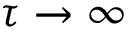
\tau \to \infty